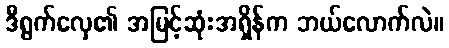
ဒီရွက်လှေ၏ အမြင့်ဆုံးအရှိန်က ဘယ်လောက်လဲ။